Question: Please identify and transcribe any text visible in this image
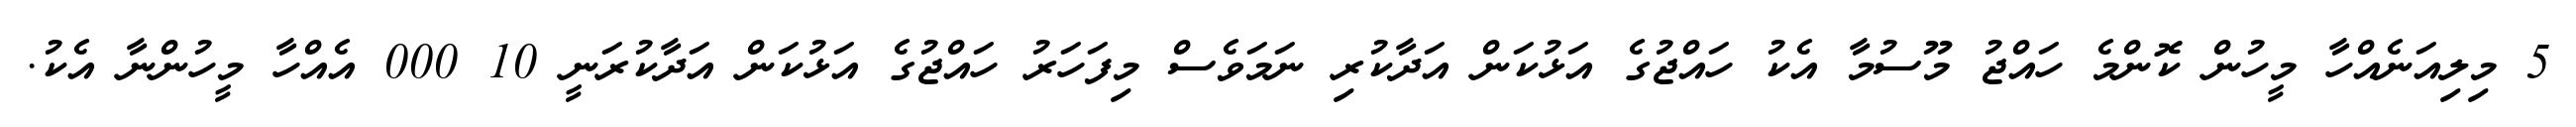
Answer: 5 މިލިއަނެއްހާ މީހުން ކޮންމެ ހައްޖު މޫސުމާ އެކު ހައްޖުގެ އަޅުކަން އަދާކުރި ނަމަވެސް މިފަހަރު ހައްޖުގެ އަޅުކަން އަދާކުރަނީ 10 000 އެއްހާ މީހުންނާ އެކު.